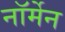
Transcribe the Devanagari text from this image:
नॉर्मेन